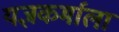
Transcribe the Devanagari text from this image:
यज्ञकर्माला